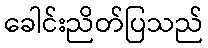
ခေါင်းညိတ်ပြသည်